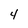
Character: 4